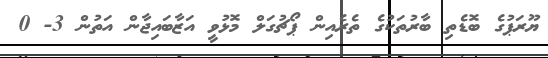
ޔޫރަޕުގެ ބޮޑެތި ބާރުތަކުގެ ތެރެއިން ޕޯޗުގަލް މޮޅުވީ އަޒާބައިޖާން އަތުން 3- 0